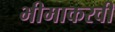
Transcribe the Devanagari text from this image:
भीमाकरवी